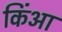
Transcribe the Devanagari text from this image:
किंआ